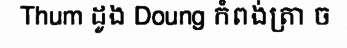
Thum ដូង Doung កំពង់ត្រា ច